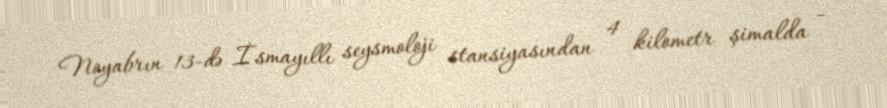
Noyabrın 13-də İsmayıllı seysmoloji stansiyasından 4 kilometr şimalda -